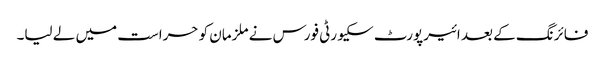
فائرنگ کے بعد ائیرپورٹ سکیورٹی فورس نے ملزمان کو حراست میں لے لیا۔